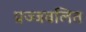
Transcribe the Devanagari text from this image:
प्रज्‍जवलित